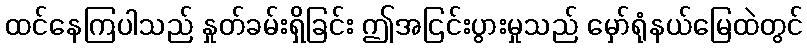
ထင်နေကြပါသည် နှုတ်ခမ်းရှိခြင်း ဤအငြင်းပွားမှုသည် မှော်ရုံနယ်မြေထဲတွင်